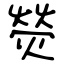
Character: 熒